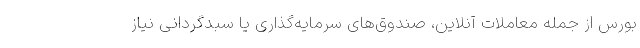
بورس از جمله معاملات آنلاین، صندوق‌های سرمایه‌گذاری یا سبدگردانی نیاز